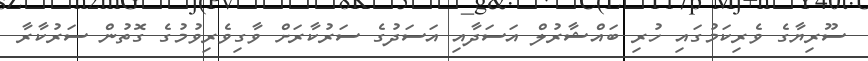
ސޫރިޔާގެ ވެރިކަމުގައި ހުރި ބައްޝާރުލް އަސަދާއި އަސަދުގެ ސަރުކާރަށް ވާގިވެރިވުމުގެ ގޮތުން ސަރުކާރާ